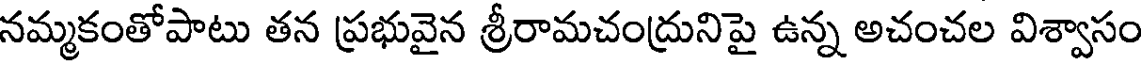
నమ్మకంతోపాటు తన ప్రభువైన శ్రీరామచంద్రునిపై ఉన్న అచంచల విశ్వాసం